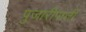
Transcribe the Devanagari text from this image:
पुजारीपाली